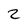
Character: 2